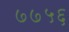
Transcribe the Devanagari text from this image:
७७५६